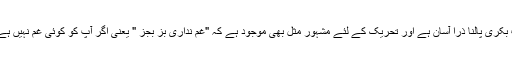
طوطا پالنے کی نسبت بکری پالنا ذرا آسان ہے اور تحریک کے لئے مشہور مثل بھی موجود ہے کہ "غم نداری بُز بجُز " یعنی اگر آپ کو کوئی غم نہیں ہے تو بکری پال لیجے ۔